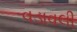
વડાવલી